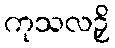
ကုသလဉှိ